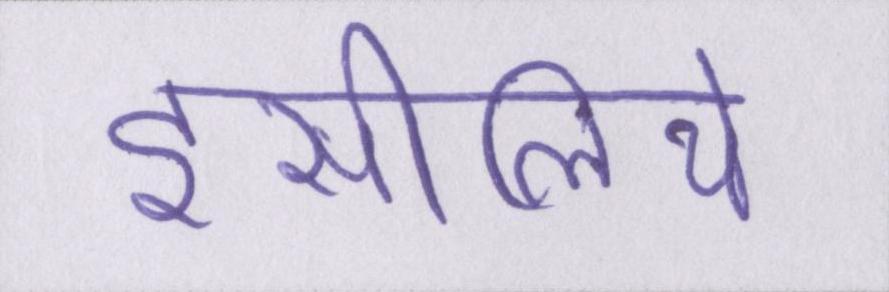
इसीलिये